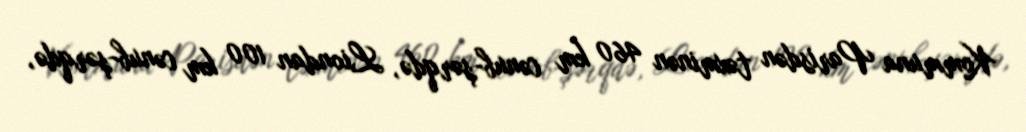
Kommuna Parisdən təxminən 460 km cənub-şərqdə, Liondan 100 km cənub-şərqdə,